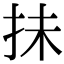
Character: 抺